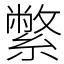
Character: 䌘